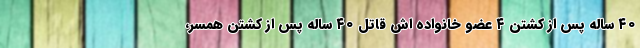
۴۰ ساله پس از کشتن ۴ عضو خانواده اش قاتل ۴۰ ساله پس از کشتن همسر،